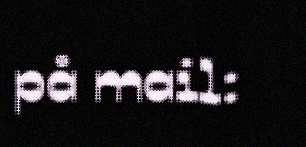
på mail: